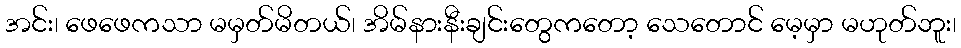
အင်း၊ ဖေဖေကသာ မမှတ်မိတယ်၊ အိမ်နားနီးချင်းတွေကတော့ သေတောင် မေ့မှာ မဟုတ်ဘူး၊